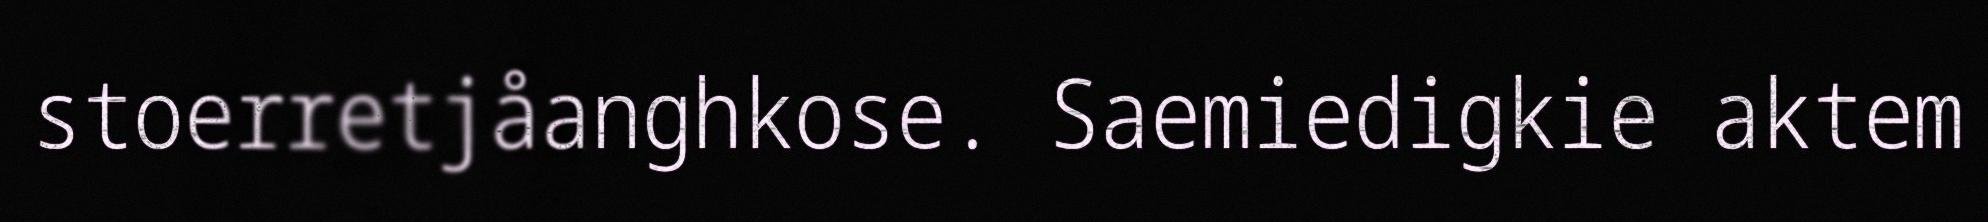
stoerretjåanghkose. Saemiedigkie aktem